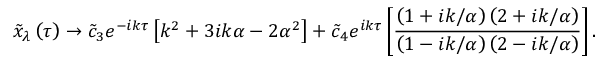
\tilde { x } _ { \lambda } \left( \tau \right) \rightarrow \tilde { c } _ { 3 } e ^ { - i k \tau } \left[ k ^ { 2 } + 3 i k \alpha - 2 \alpha ^ { 2 } \right] + \tilde { c } _ { 4 } e ^ { i k \tau } \left[ \frac { \left( 1 + i k / \alpha \right) \left( 2 + i k / \alpha \right) } { \left( 1 - i k / \alpha \right) \left( 2 - i k / \alpha \right) } \right] .